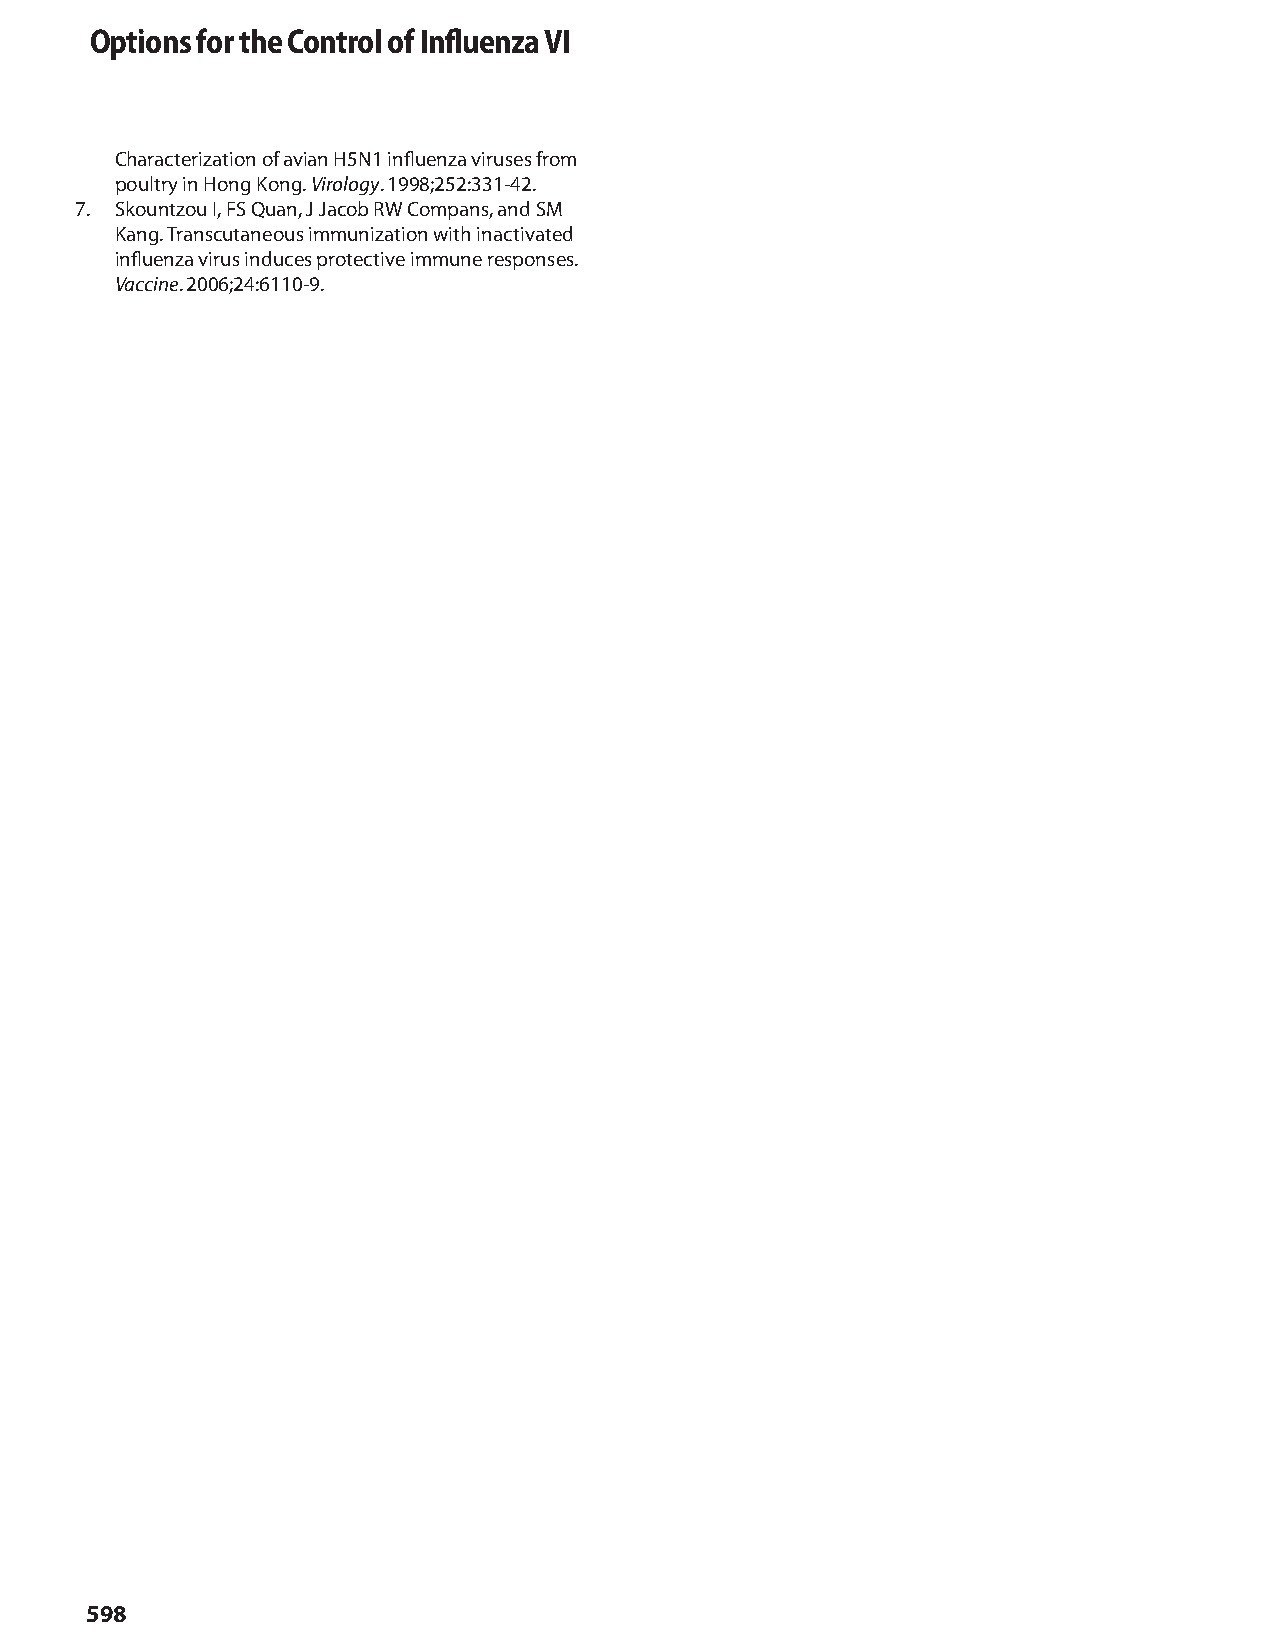
Options for the Control of Influenza VI
 Characterization of avian H5N1 influenza viruses from
 poultry in Hong Kong. Virology. 1998;252:331-42.
 7. Skountzou I, FS Quan, J Jacob RW Compans, and SM
 Kang. Transcutaneous immunization with inactivated
 influenza virus induces protective immune responses.
 Vaccine. 2006;24:6110-9.
 598